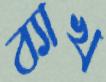
ব্যাখ